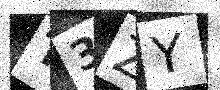
Text: T3ZY